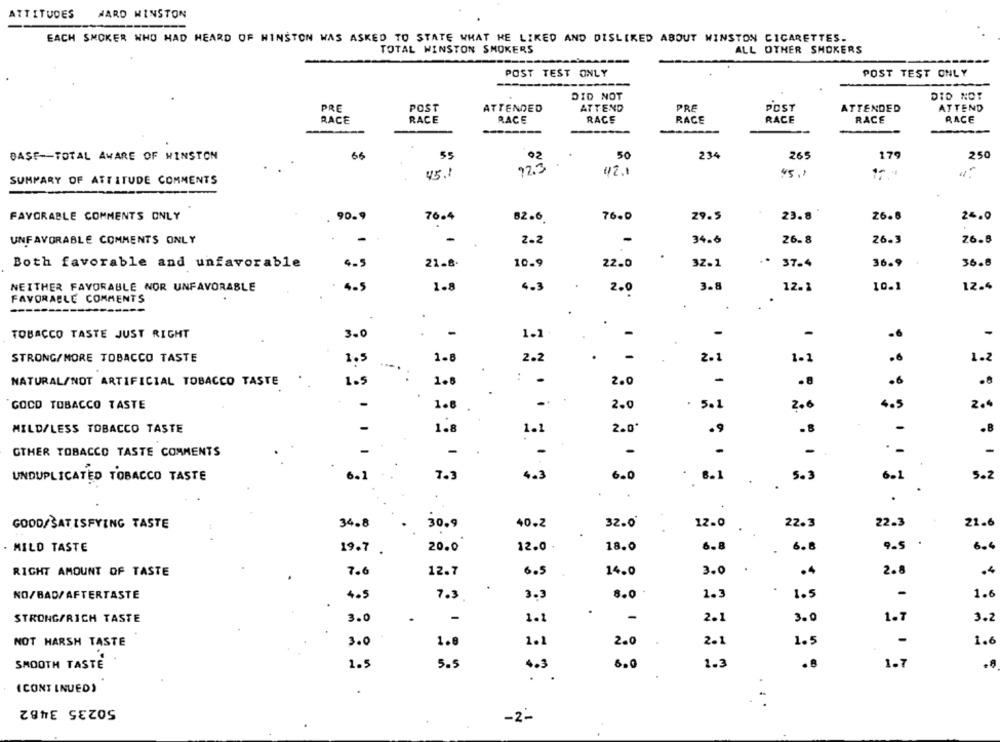
ATTITUDES
WARD WINSTON
EACH SMOKER WHO HAD HEARD OF WINSTON WAS ASKED TO STATE WHAT HE LIKED AND DISLIKED ABOUT WINSTON CIGARETTES.
TOTAL WINSTON SMOKERS
ALL OTHER SMOKERS
POST TEST ONLY
POST TEST ONLY
DID NOT
DID NOT
PRE
POST
ATTENDED
ATTEND
PRE
POST
ATTENDED
ATTEND
RACE
RACE
RACE
RACE
RACE
RACE
RACE
RACE
BASE -- TOTAL AWARE OF WINSTON
66
55
50
234
265
179
250
92
92.3
45.1
45.1
SUMMARY OF ATTITUDE COMMENTS
FAVORABLE COMMENTS ONLY
90.9
29.5
26.8
25.0
76.4
82.6
76.0
23.8
-
26.8
76.8
UNFAVORABLE COMMENTS ONLY
-
2.2
-
34.6
26.3
..
Both favorable and unfavorable
4-5
21.8
10.9
22.0
32.1
37.4
36.9
36.8
NEITHER FAVORABLE NOR UNFAVORABLE
4.5
1.8
4.3
3.8
12.1
10.1
12.4
2.0
FAVORABLE COMMENTS
..
.
TOBACCO TASTE JUST RIGHT
.
-
-
3.0
1.1
-
-
-
-
STRONG/MORE TOBACCO TASTE
1.5
1-8
2.2
2.
1.2
: :
1.2
NATURAL/NOT ARTIFICIAL TOBACCO TASTE
1.5
1.8
: -
2.0
-
.8
.6
.8
GOCD TOBACCO TASTE
1.8
-
2.0
. 5.1
2.6
4.5
2.4
MILD/LESS TOBACCO TASTE
1.8
2.0*
.9
.8
-
1.1
GTHER TOBACCO TASTE COMMENTS
-
.
-
-
-
-
-
UNDUPLICATED TOBACCO TASTE
6.2
7.3
6.0
. 6.1
5.3
6.1
5.2
.
.
GOOD/SATISFYING TASTE
34.8
30.9
40.2
32.0
12.0
22.3
22.3
21.6
· MILD TASTE
19.7 .
20.0
12.0
18.0
6.8
6.8
9.5
6.4
RIGHT AMOUNT OF TASTE
7.6
12.7
6.5
14.0
3.0
.4
2.8
1.5
NO/BAD/AFTERTASTE
4.5
7.3
3.3
8.0
1.3
-
1.6
STRONG/RICH TASTE
3.0
-
1.1
2.1
3.0
1.7
3.2
NOT HARSH TASTE
3.0
1.0
1.1
2.0
2.1
1.5
-
1.6
SMOOTH TASTE
1.5
5.5
6.0
2.3
.8
1.7
.
(CONT INUED)
.
50235 3482
-
-2-